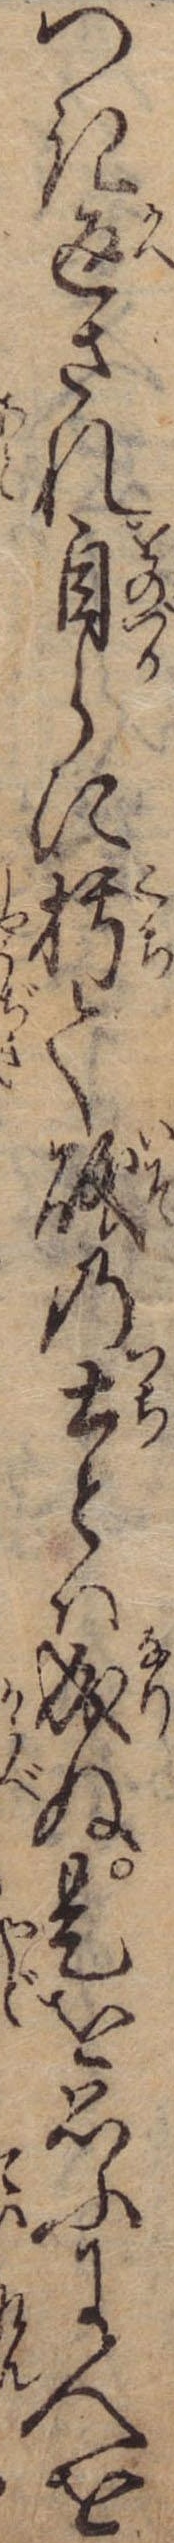
つき返され自らに朽て礒の土とは成ぬ是を思ふに人を